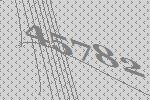
45782